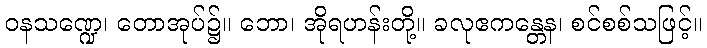
ဝနသဏ္ဍေ၊ တောအုပ်၌။ ဘော၊ အိုရဟန်းတို့။ ခလုဧကန္တေန၊ စင်စစ်သဖြင့်။